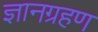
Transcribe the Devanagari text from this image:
ज्ञानग्रहण